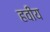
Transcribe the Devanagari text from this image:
हवीय